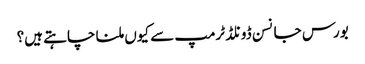
بورس جانسن ڈونلڈ ٹرمپ سے کیوں ملنا چاہتے ہیں؟